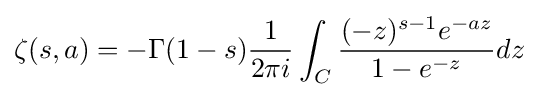
\zeta (s,a)=-\Gamma (1-s){\frac {1}{2\pi i}}\int _{C}{\frac {(-z)^{s-1}e^{-az}}{1-e^{-z}}}dz